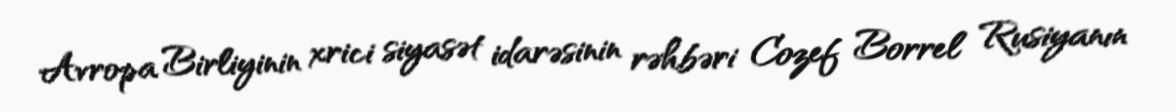
Avropa Birliyinin xrici siyasət idarəsinin rəhbəri Cozef Borrel Rusiyanın